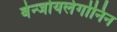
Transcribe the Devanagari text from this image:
बेन्जोयलेगोनिन